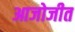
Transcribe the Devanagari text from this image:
आजोजीत